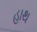
હાથ